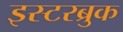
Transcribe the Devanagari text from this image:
इस्टरब्रुक